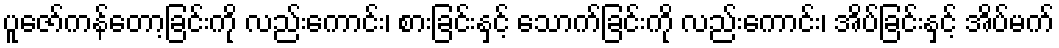
ပူဇော်ကန်တော့ခြင်းကို လည်းကောင်း၊ စားခြင်းနှင့် သောက်ခြင်းကို လည်းကောင်း၊ အိပ်ခြင်းနှင့် အိပ်မက်